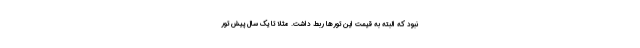
نبود که البته به قیمت این تورها ربط داشت. مثلا تا یک سال پیش تور